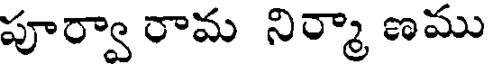
పూర్వా రామ నిర్మా ణము